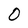
Character: 0